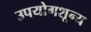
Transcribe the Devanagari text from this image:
उपयोगशून्य